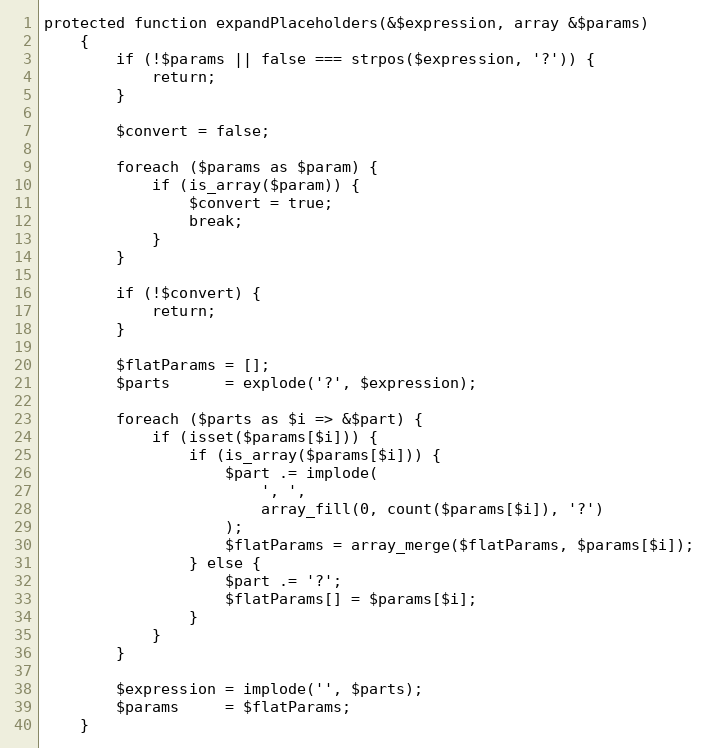
Language: PHP
protected function expandPlaceholders(&$expression, array &$params)
    {
        if (!$params || false === strpos($expression, '?')) {
            return;
        }

        $convert = false;

        foreach ($params as $param) {
            if (is_array($param)) {
                $convert = true;
                break;
            }
        }

        if (!$convert) {
            return;
        }

        $flatParams = [];
        $parts      = explode('?', $expression);

        foreach ($parts as $i => &$part) {
            if (isset($params[$i])) {
                if (is_array($params[$i])) {
                    $part .= implode(
                        ', ',
                        array_fill(0, count($params[$i]), '?')
                    );
                    $flatParams = array_merge($flatParams, $params[$i]);
                } else {
                    $part .= '?';
                    $flatParams[] = $params[$i];
                }
            }
        }

        $expression = implode('', $parts);
        $params     = $flatParams;
    }